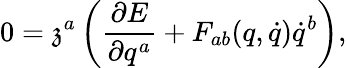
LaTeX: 0=\mathfrak{z}^{a}\left(\frac{\partial E}{\partial q^{a}}+F_{ab}(q,\dot{q})\dot{q}^{b}\right),